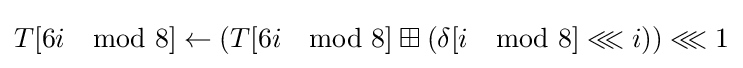
T[6i\mod 8]\leftarrow \left(T[6i\mod 8]\boxplus \left(\delta [i\mod 8]\lll i\right)\right)\lll 1